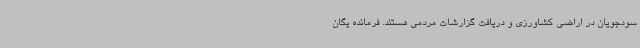
سودجویان در اراضی کشاورزی و دریافت گزارشات مردمی هستند. فرمانده یگان